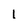
Character: 1